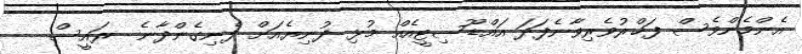
އެންމެންވެސް ފަޚްރުވެރިވާނެފަދަ އައްޑޫސިޓީއެއް މުޅި ދުނިޔެއަށް ފެނިގެންދާނެ  ރައީސް